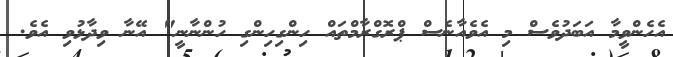
އެހެންވީމާ އަބަދުވެސް މި އެވެއާނެސް ޕްރޮގްރާމްތައް ހިންގިހިންގި ހުންނާނީ" އޭނާ ވިދާޅުވި އެވެ.